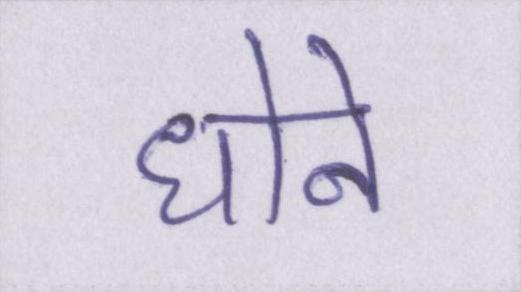
धोने